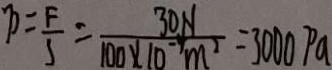
p = \frac { F } { 5 } = \frac { 3 0 N } { 1 0 0 \times 1 0 m ^ { 2 } } = 3 0 0 0 p a